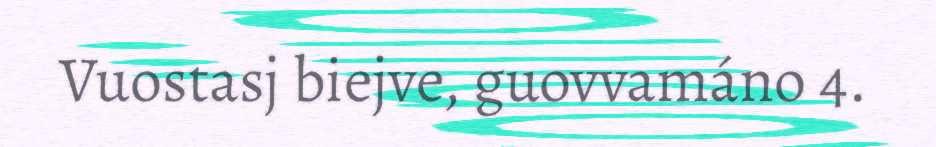
Vuostasj biejve, guovvamáno 4.